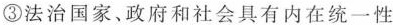
③法治国家、政府和社会具有内在统一性